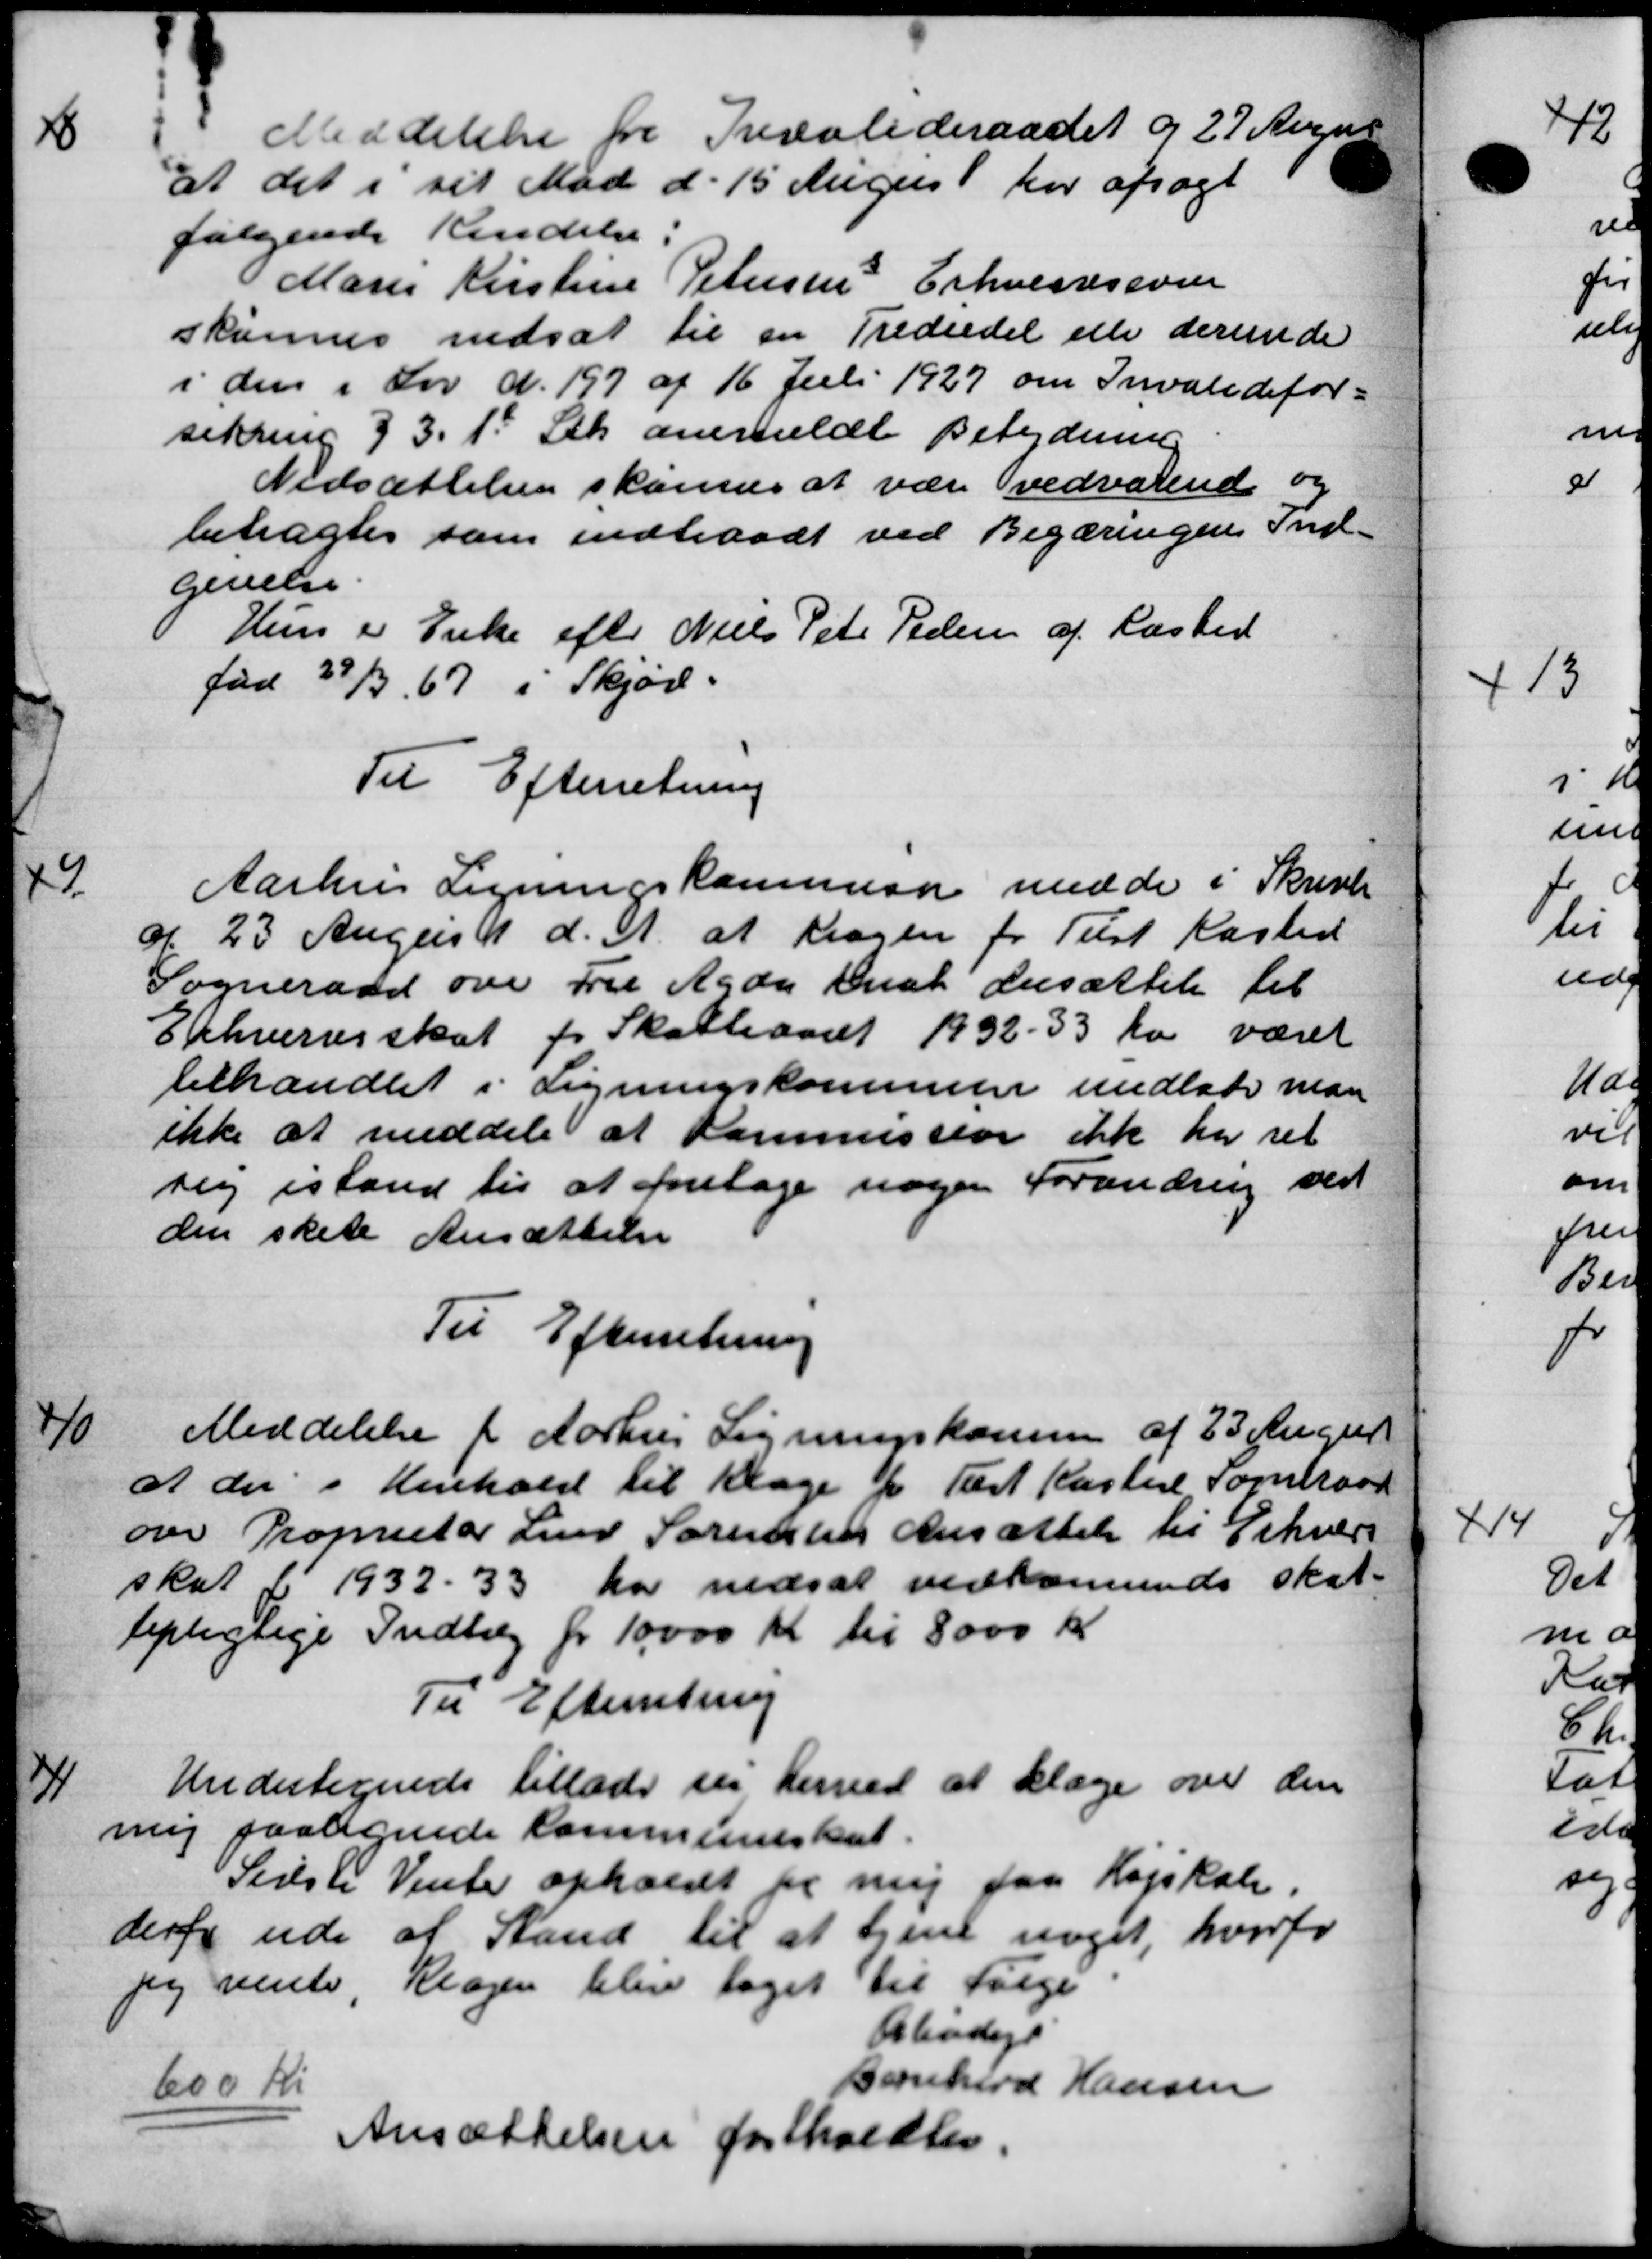
Transskription:
8
Meddelelse fra Invalideraadet d 27 Augus
at det i sit Mød d. 15 Augus har afsagt
følgende Kendelse:
Marie Kirstine Petersens Erhvervssover
skunnes nedsat til en Trediedel elle derinde
i den i Lov N. 197 af 16 Juli 1927 om Invalidefor-
sikring § 3. 1 Stk. anerkeldt Betydning
Nedsættelsen skannes at være vedvarende og
betragtes som indtraadt ved Begæringens Ind-
givelse.
Hun er Enke efter Niels Peter Pedersen af Rasted
fød 29/3 67 i Skjød.
Til Efterretning
9
Aarhus Ligningskommisær medde i Skrivels
d. 23 Augus 11 d. A. at Kragen for Tust Kasted
Sogneraad over Fru Agda Anat ansættelse til
Ephvervsskat for Skatteaaret 1932 - 33 kr været
behandlet i Ligningskommune undlade man
ikke at meddele at Kommission ikke har ret
sig istand til at foretage nogen Forandring ved
den skete Ansættelse
Til Efterretning
10
Meddelelse f Aarhus Ligningskomme af 23 Augus
at der i Henhold til Klage fra Tæst Kaster Sogneraad
ovr Proprietær Lund Sørensen Ansættelse til Erhverv
skat f 1932-33 har nedsat vedkommende skat
lepligtige Indtæg for 10.000 Kr. til 8000 Kr.
Til Efterretning
11
Undertegnede tillade sig herved at klage over den
mig paalignede Kommuneskat.
Sidste Venter opholdt for mig paa Højskole.
derfor ude af Stand til at tjene noget, hvorfo
jeg vente, Klagen blev taget til Følge
Arbødige
600 Kr.
Bornhard Hansen
Ansættelsen fastholdtes